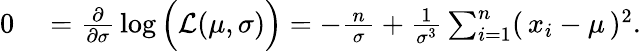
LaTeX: \begin{array}{rl}{0}&{{}={\frac{\partial}{\partial\sigma}}\log{\Big(}{\mathcal{L}}(\mu,\sigma){\Big)}=-{\frac{\, n\, }{\sigma}}+{\frac{1}{\sigma^{3}}}\sum_{i=1}^{n}(\, x_{i}-\mu\, )^{2}.}\end{array}